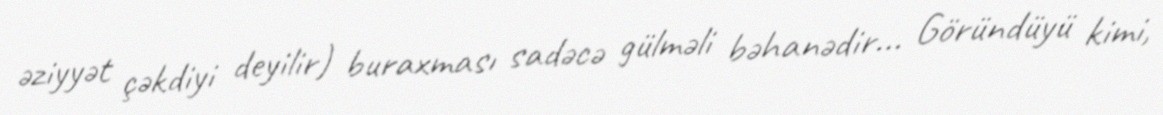
əziyyət çəkdiyi deyilir) buraxması sadəcə gülməli bəhanədir... Göründüyü kimi,